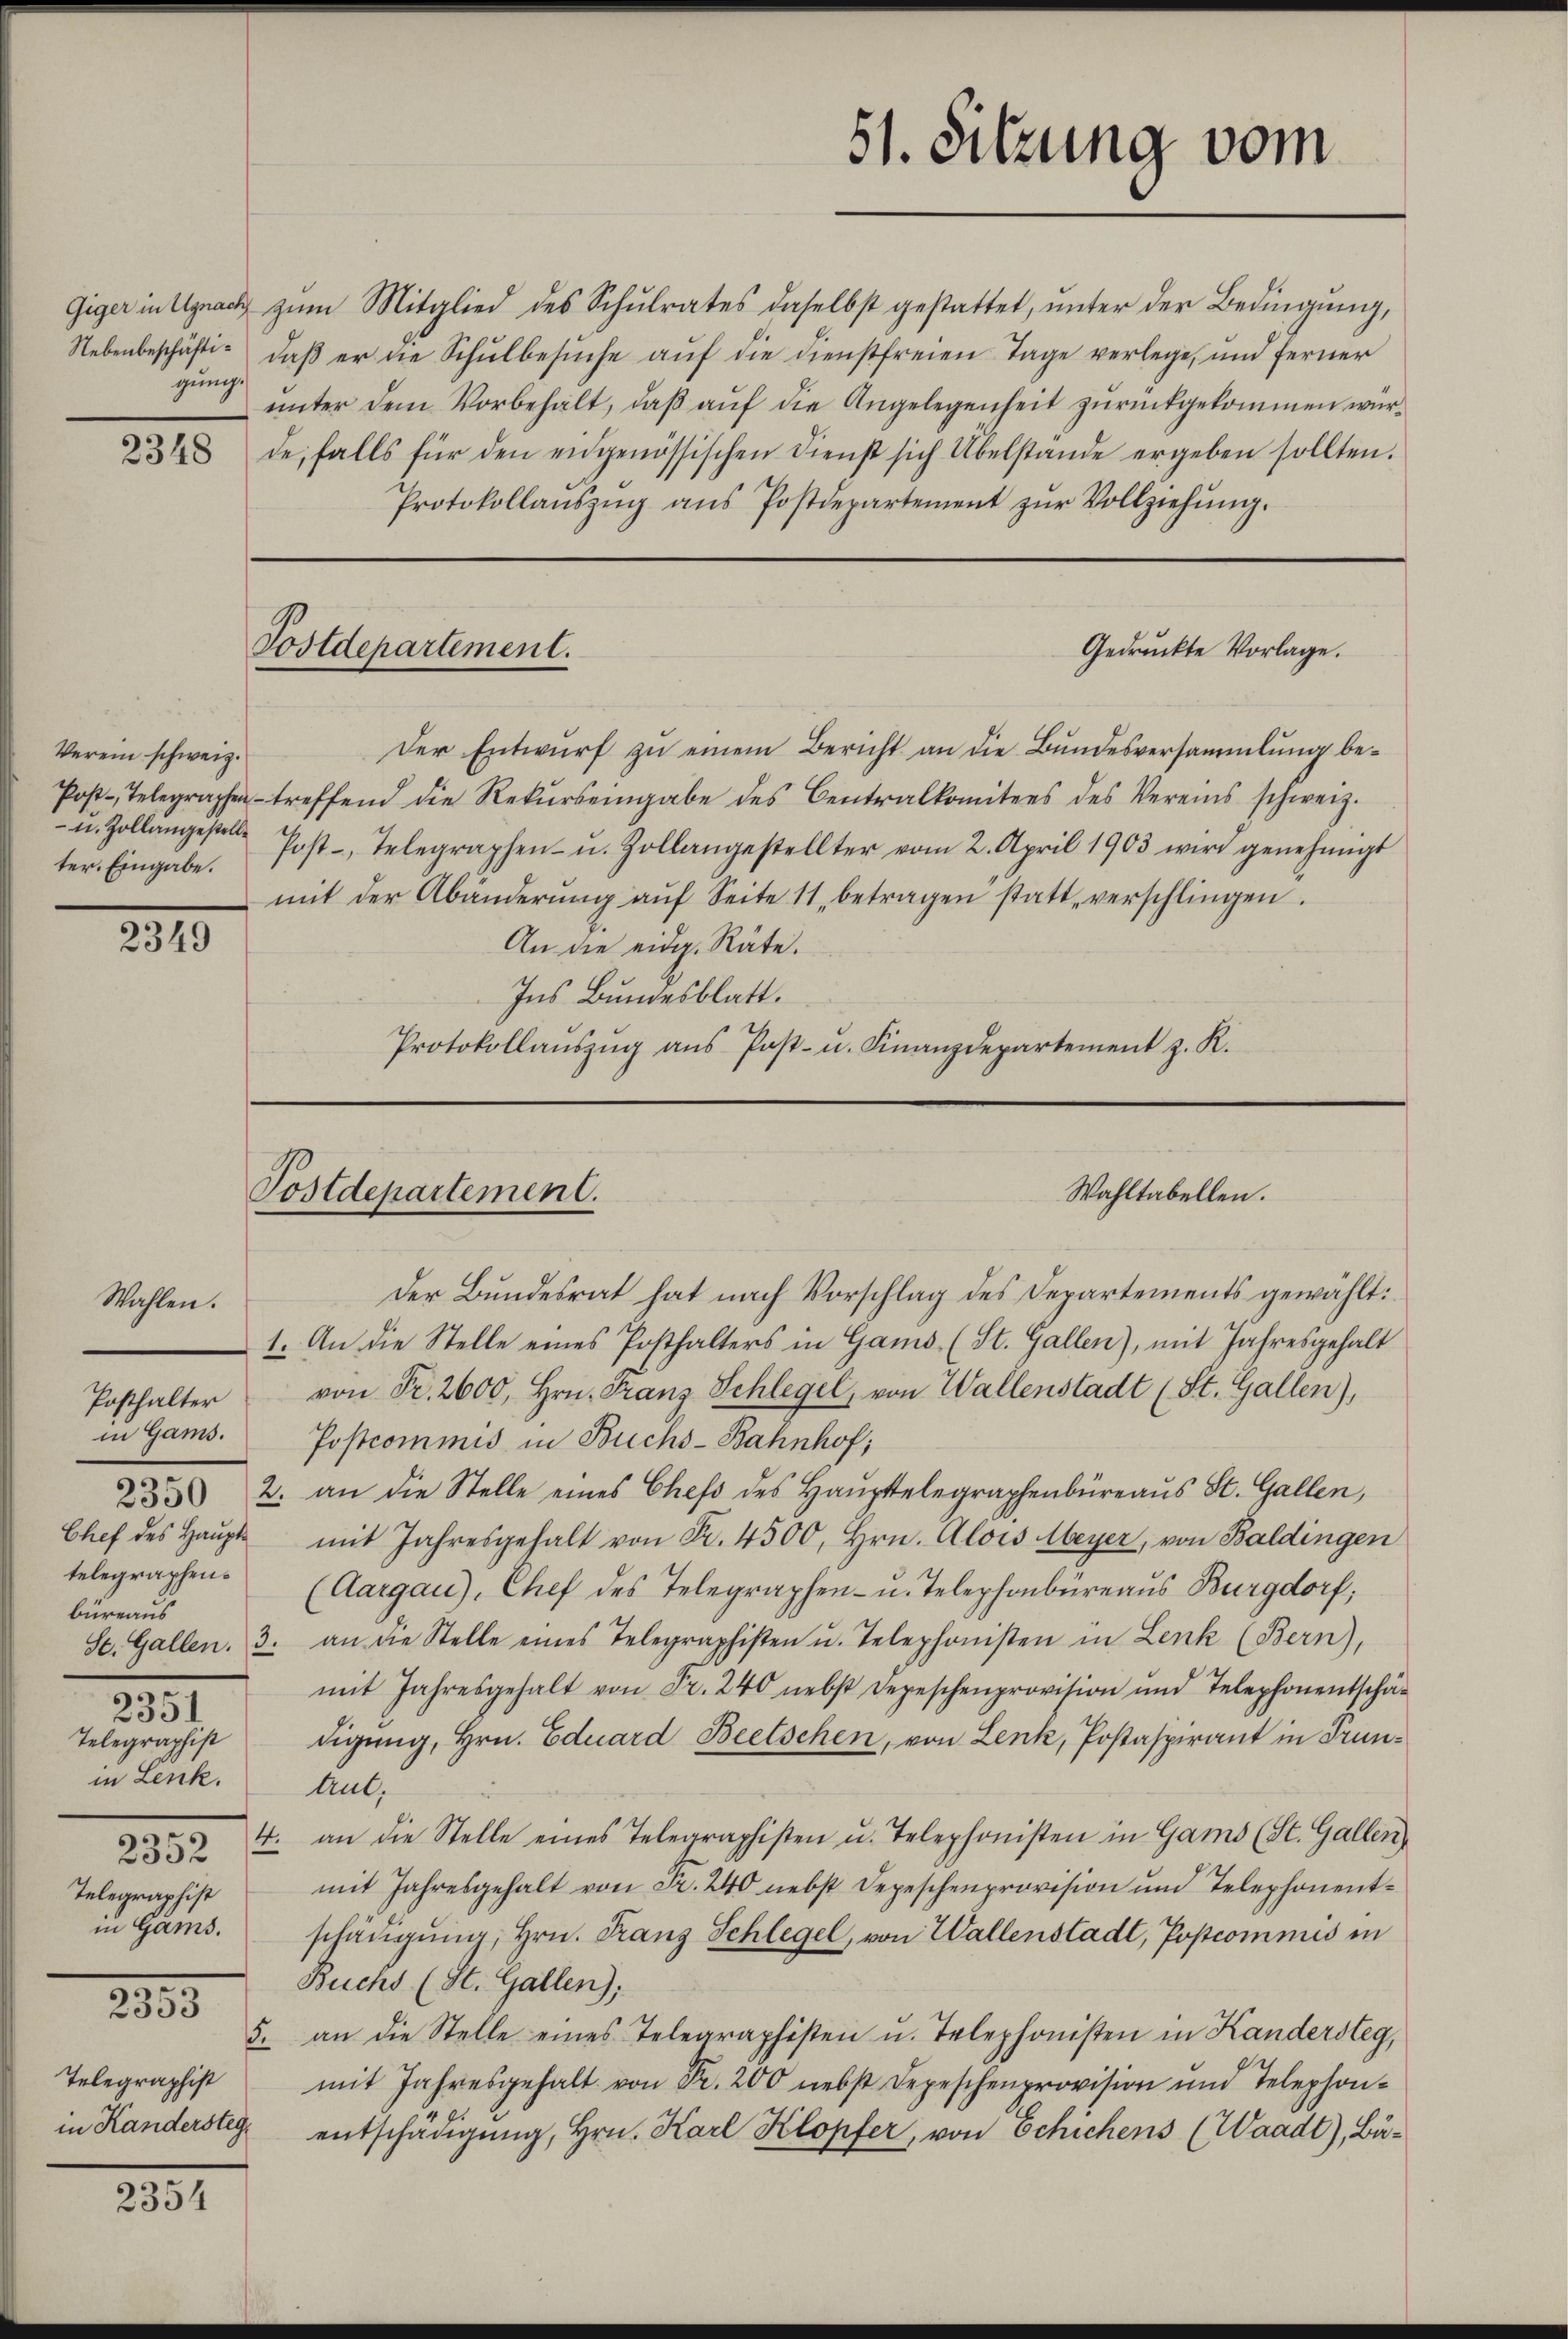
gung

2348

2315

Wahlen.
Posthalter
in Gams.
Chef des Haupttelegraphen.
büreaus
Telegraphist
in Lenk.
Telegraphist
in Gams.

2353
Telegraphist
in Kandersteg.

.
2351

2881

Verein schweiz.
ter. Eingabe.

Giger in Uznach zŭm Mitglied des Schŭlrates daselbst gestattet, ŭnter der Bedingŭng,
Nebenbeschäfti- daβ er die Schŭlbesŭche aŭf die dienstfreien Tage verlege, und ferner
unter dem Vorbehalt, daß auf die Angelegenheit zurückgekommen würde, falls für den eidgenössischen Dienst sich Übelstande ergeben sollten.
Protokollaŭszŭg ans Postdepartement zŭr Vollziehŭng.

Postdepartement.

51. Sitzung vom

Gedruckte Vorlage.

Postdepartement.
Wahltabellen.

Der Bundesrat hat nach Vorschlag des Departements gewählt:
1. An die Stelle eines Posthalters in Gams. (St. Gallen), mit Jahresgehalt
von Fr. 2600, Hrn. Franz Schlegel, von Wallenstadt (St. Gallen),
Postcommis in Buchs-Bahnhof,
233 2. an die Stelle eines Chefs des Haŭptelegraphenbüreaŭs St. Gallen,
mit Jahresgehalt von Fr. 4500, Hrn. Alois Meyer, von Baldingen
(Aargau), Chef des Telegraphen- u. Telephonbüreaus Burgdorf;
St. Gallen. 3. an die Stelle eines Telegraphisten u. Telephonisten in Lenk (Bern),
mit Jahresgehalt von Fr. 240 nebst Depeschenprovision und Telephonentschä-
digŭng, Hrn. Eduard Beetschen, von Lenk, Postaspirant in Frun-
Aut,
852 4. an die Stelle eines Telegraphisten u. Telephonisten in Gams (St. Gallen,
mit Jahresgehalt von Fr. 240 nebst Depeschenprovision und Telephonent-
schädigung, Hrn. Franz Schlegel, von Wallenstadt, Popcommis in
Buchs (St. Gallen);
5. an die Stelle eines Telegraphisten u. Telephonisten in Kandersteg,
mit Jahresgehalt von Fr. 200 nebst Depeschenprovision und Telephon-
entschädigung, Hrn. Karl Klopfer, von Schichens (Waadt), Bä¬

Der Entwurf zu einem Bericht an die Bundesversammlung be¬
Post-Telegraphen treffend die Rekŭrseingabe des Centralkomitees des Vereins schweiz.
u. Zollangestelle Post-, Telegraphen- u. Zollangestellter vom 2. April 1903 wird genehmigt
mit der Abänderŭng aŭf Seite 11 betragen statt, verschlingen.
An die eidg. Räte.
Ins Bundesblatt.
Protokollaŭszŭg aŭs Post- u. Finanzdepartement z. R.